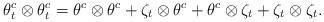
LaTeX: \begin{align*} \theta _{t}^{c}\otimes \theta _{t}^{c} =\theta ^{c}\otimes \theta^{c}+\zeta _{t}\otimes \theta ^{c}+\theta ^{c}\otimes \zeta _{t}+\zeta _{t}\otimes \zeta _{t}.\end{align*}